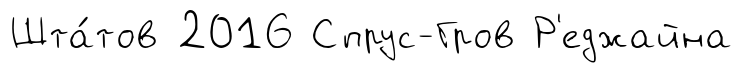
Шта́тов 2016 Спрус-Гров Р'еджайна